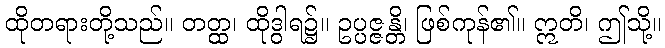
ထိုတရားတို့သည်။ တတ္ထ၊ ထိုဒွါရ၌။ ဥပ္ပဇ္ဇန္တိ၊ ဖြစ်ကုန်၏။ ဣတိ၊ ဤသို့။